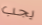
يجب